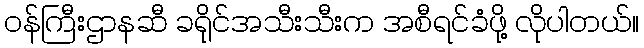
ဝန်ကြီးဌာနဆီ ခရိုင်အသီးသီးက အစီရင်ခံဖို့ လိုပါတယ်။